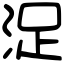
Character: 浞